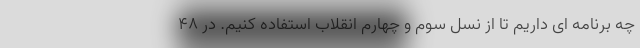
چه برنامه ای داریم تا از نسل سوم و چهارم انقلاب استفاده کنیم. در 48